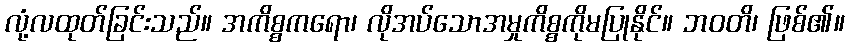
လုံ့လထုတ်ခြင်းသည်။ အကိစ္စကရော၊ လိုအပ်သောအမှုကိစ္စကိုမပြုနိုင်။ ဘဝတိ၊ ဖြစ်၏။